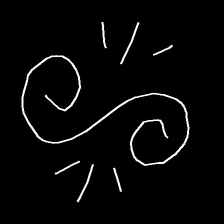
Glyph: wind-directs-air